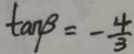
\tan \beta = - \frac { 4 } { 3 }